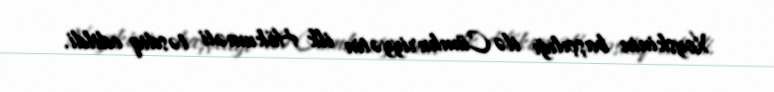
Xoyskinin başçılığı ilə Cümhuriyyətin ilk Hökuməti təsdiq edildi.